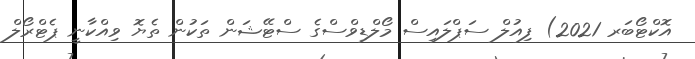
އޮކްޓޯބަރ 2021) ފިއުލް ސަޕްލައިސް މޯލްޑިވްސްގެ ސްޓޭޝަން ތަކުން ތެޔޮ ވިއްކާނީ ޕެޓްރޯލް